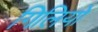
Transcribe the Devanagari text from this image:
गिलियो